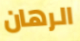
الرهان